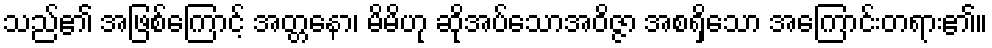
သည်၏ အဖြစ်ကြောင့် အတ္တနော၊ မိမိဟု ဆိုအပ်သောအဝိဇ္ဇာ အစရှိသော အကြောင်းတရား၏။